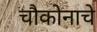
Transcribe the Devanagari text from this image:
चौकोनाचे